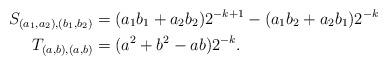
LaTeX: \begin{align*} S_{(a_1,a_2),(b_1,b_2)}&=(a_1b_1+a_2b_2)2^{-k+1}-(a_1b_2+a_2b_1)2^{-k}\\ T_{(a,b),(a,b)}&=(a^2+b^2-ab)2^{-k}.\end{align*}